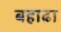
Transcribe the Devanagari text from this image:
बहाढा